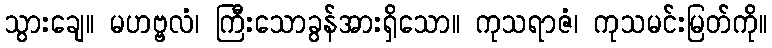
သွားချေ။ မဟဗ္ဗလံ၊ ကြီးသောခွန်အားရှိသော။ ကုသရာဇံ၊ ကုသမင်းမြတ်ကို။